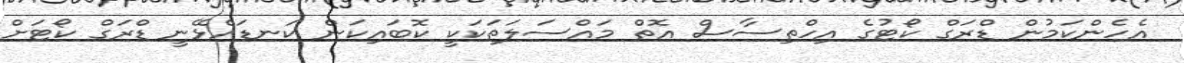
އެހެންކަމުން ޑްރަގް ކޯޓުގެ އިހްތިސާސް އޮތް މައްސަލަތަކަކީ ކޮބައިކަން ކަނޑައެޅޭނީ ޑްރަގް ކޯޓަށް